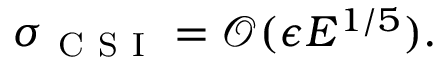
\sigma _ { \mathrm { ~ C ~ S ~ I ~ } } = \mathcal { O } ( \epsilon E ^ { 1 / 5 } ) .